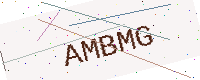
Text: AMBMG